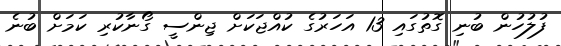
ފުލުހުން ބުނި ގޮތުގައި 13 އަހަރުގެ ކުއްޖަކަށް ޖިންސީ ގޯނާކުރި ކަމަށް ބުނެ